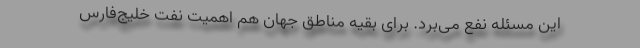
این مسئله نفع می‌برد. برای بقیه مناطق جهان هم اهمیت نفت خلیج‌فارس